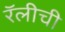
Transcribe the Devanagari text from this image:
रॅलीची